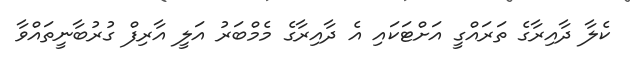
ކެލާ ދާއިރާގެ ތަރައްގީ އަށްޓަކައި އެ ދާއިރާގެ މެމްބަރު އަލީ އާރިފް ގުރުބާނީތައްވާ